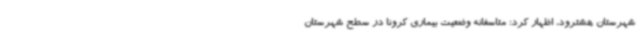
شهرستان هشترود، اظهار کرد: متاسفانه وضعیت بیماری کرونا در سطح شهرستان